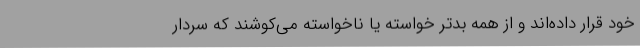
خود قرار داده‌اند و از همه بدتر خواسته یا ناخواسته می‌کوشند که سردار